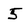
Character: 5